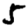
Digit: 5